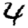
Digit: 4